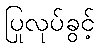
ပြုလုပ်ခွင့်